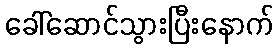
ခေါ်ဆောင်သွားပြီးနောက်